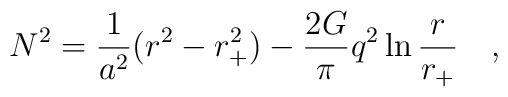
N^2={1 \over a^2}(r^2-r_+^2) - {2G \over \pi} q^2\ln {r \over r_+}~~~,